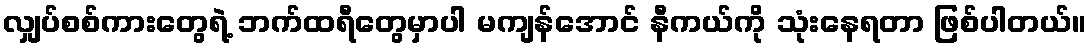
လျှပ်စစ်ကားတွေရဲ့ ဘက်ထရီတွေမှာပါ မကျန်အောင် နီကယ်ကို သုံးနေရတာ ဖြစ်ပါတယ်။